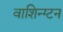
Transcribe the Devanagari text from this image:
वाशिन्ग्टन